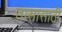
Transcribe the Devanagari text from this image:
तासासाठी